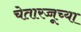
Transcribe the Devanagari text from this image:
चेतारज्जूच्या